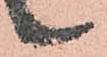
候